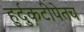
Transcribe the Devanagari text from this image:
हुर्दुकटीपेतच